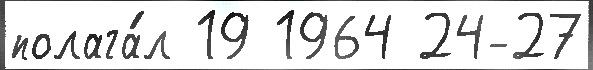
полага́л 19 1964 24-27